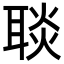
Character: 𦖠